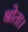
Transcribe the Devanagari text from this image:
श्रोता।